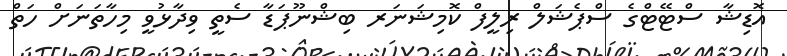
އޮޑިޝާ ސްޓޭޓްގެ ސްޕެޝަލް ރިލީފް ކޮމިޝަނަރ ބިޝްނޫޕަޑާ ސެތީ ވިދާޅުވީ މިހާތަނަށް ހަތް